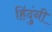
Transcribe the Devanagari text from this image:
हिंदुंनी